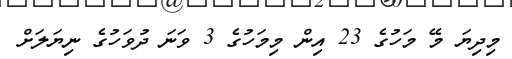
މިދިޔަ މޭ މަހުގެ 23 އިން މިމަހުގެ 3 ވަނަ ދުވަހުގެ ނިޔަލަށް